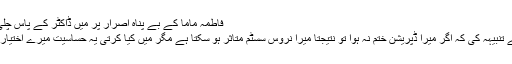
فاطمہ ماما کے بے پناہ اصرار پر میں ڈاکٹر کے پاس چلی آئی چیک اپ
کے بعد اس نے تنبیہہ کی کہ اگر میرا ڈپریشن ختم نہ ہوا تو نتیجتاً میرا نروس سسٹم متاثر ہو سکتا ہے مگر میں کیا کرتی یہ حساسیت میرے اختیار میں نہیں تھی۔